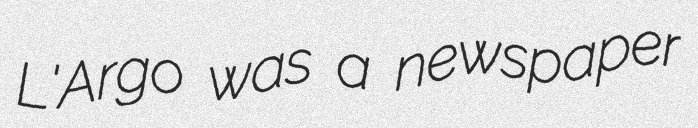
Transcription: L'Argo was a newspaper